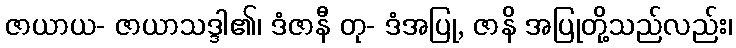
ဇာယာယ- ဇာယာသဒ္ဒါ၏၊ ဒံဇာနီ တု- ဒံအပြု, ဇာနိ အပြုတို့သည်လည်း၊